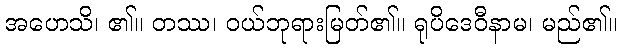
အဟေသိ၊ ၏။ တဿ၊ ဝယ်ဘုရားမြတ်၏။ ရုပိဒေဝီနာမ၊ မည်၏။